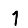
Digit: 1